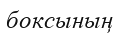
боксының